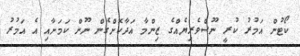
ކޯޓުން އަމުރު ކުރީ ނޫސްވެރިޔެއްގެ ޒިންމާ އަދާކޮށްގެން ނޫން ކަމަށާއި އެ އަމުރު